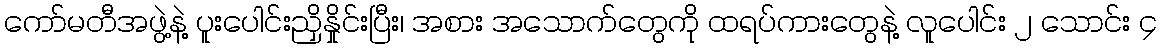
ကော်မတီအဖွဲ့နဲ့ ပူးပေါင်းညှိနှိုင်းပြီး၊ အစား အသောက်တွေကို ထရပ်ကားတွေနဲ့ လူပေါင်း ၂ သောင်း ၄